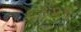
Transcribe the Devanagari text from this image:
६८२६